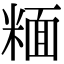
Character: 糆